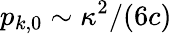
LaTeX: p_{k,0}\sim\kappa^{2}/(6c)